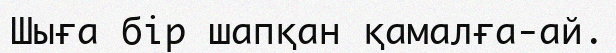
Шыға бір шапқан қамалға-ай.